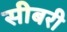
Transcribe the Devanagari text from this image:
सीबरी